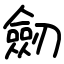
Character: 劒